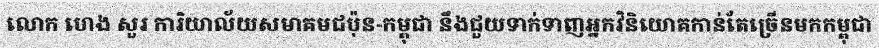
លោក ហេង សួរ ការិយាល័យសមាគមជប៉ុន-កម្ពុជា នឹងជួយទាក់ទាញអ្នកវិនិយោគកាន់តែច្រើនមកកម្ពុជា